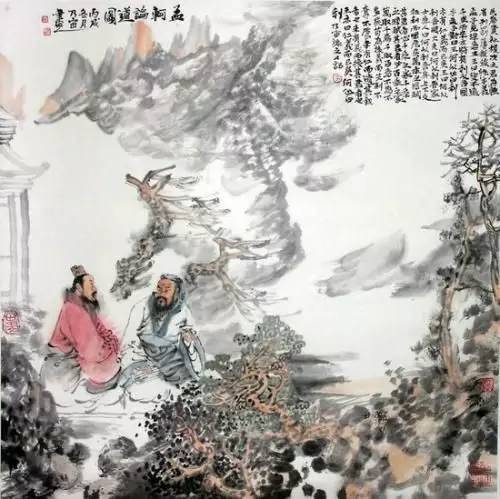
颂其诗，读其书，不知其人可乎？是以论其世也。